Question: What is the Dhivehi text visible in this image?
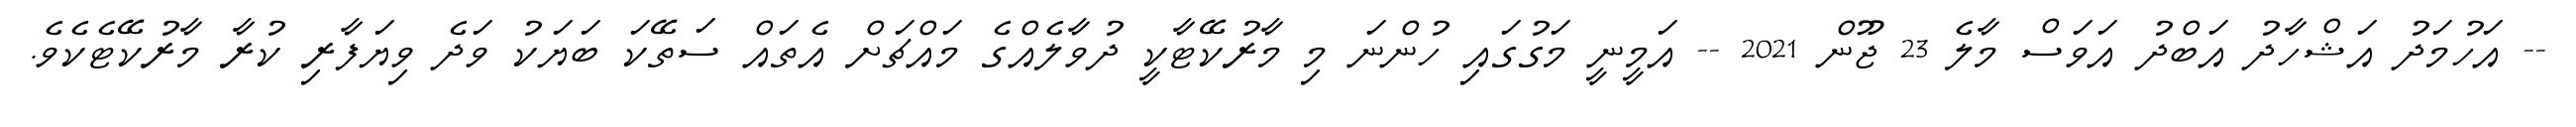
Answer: -- އަހުމަދު އަޝްހާދު އަބްދު އަވަސް މާލެ 23 ޖޫން 2021 -- އަމީނީ މަގުގައި ހުންނަ މި މާރުކޭޓާކީ ދުވާލެއްގެ މައްޗަށް އެތައް ސަތޭކަ ބަޔަކު ވަދެ ވިޔަފާރި ކުރާ މާރުކޭޓެކެވެ.